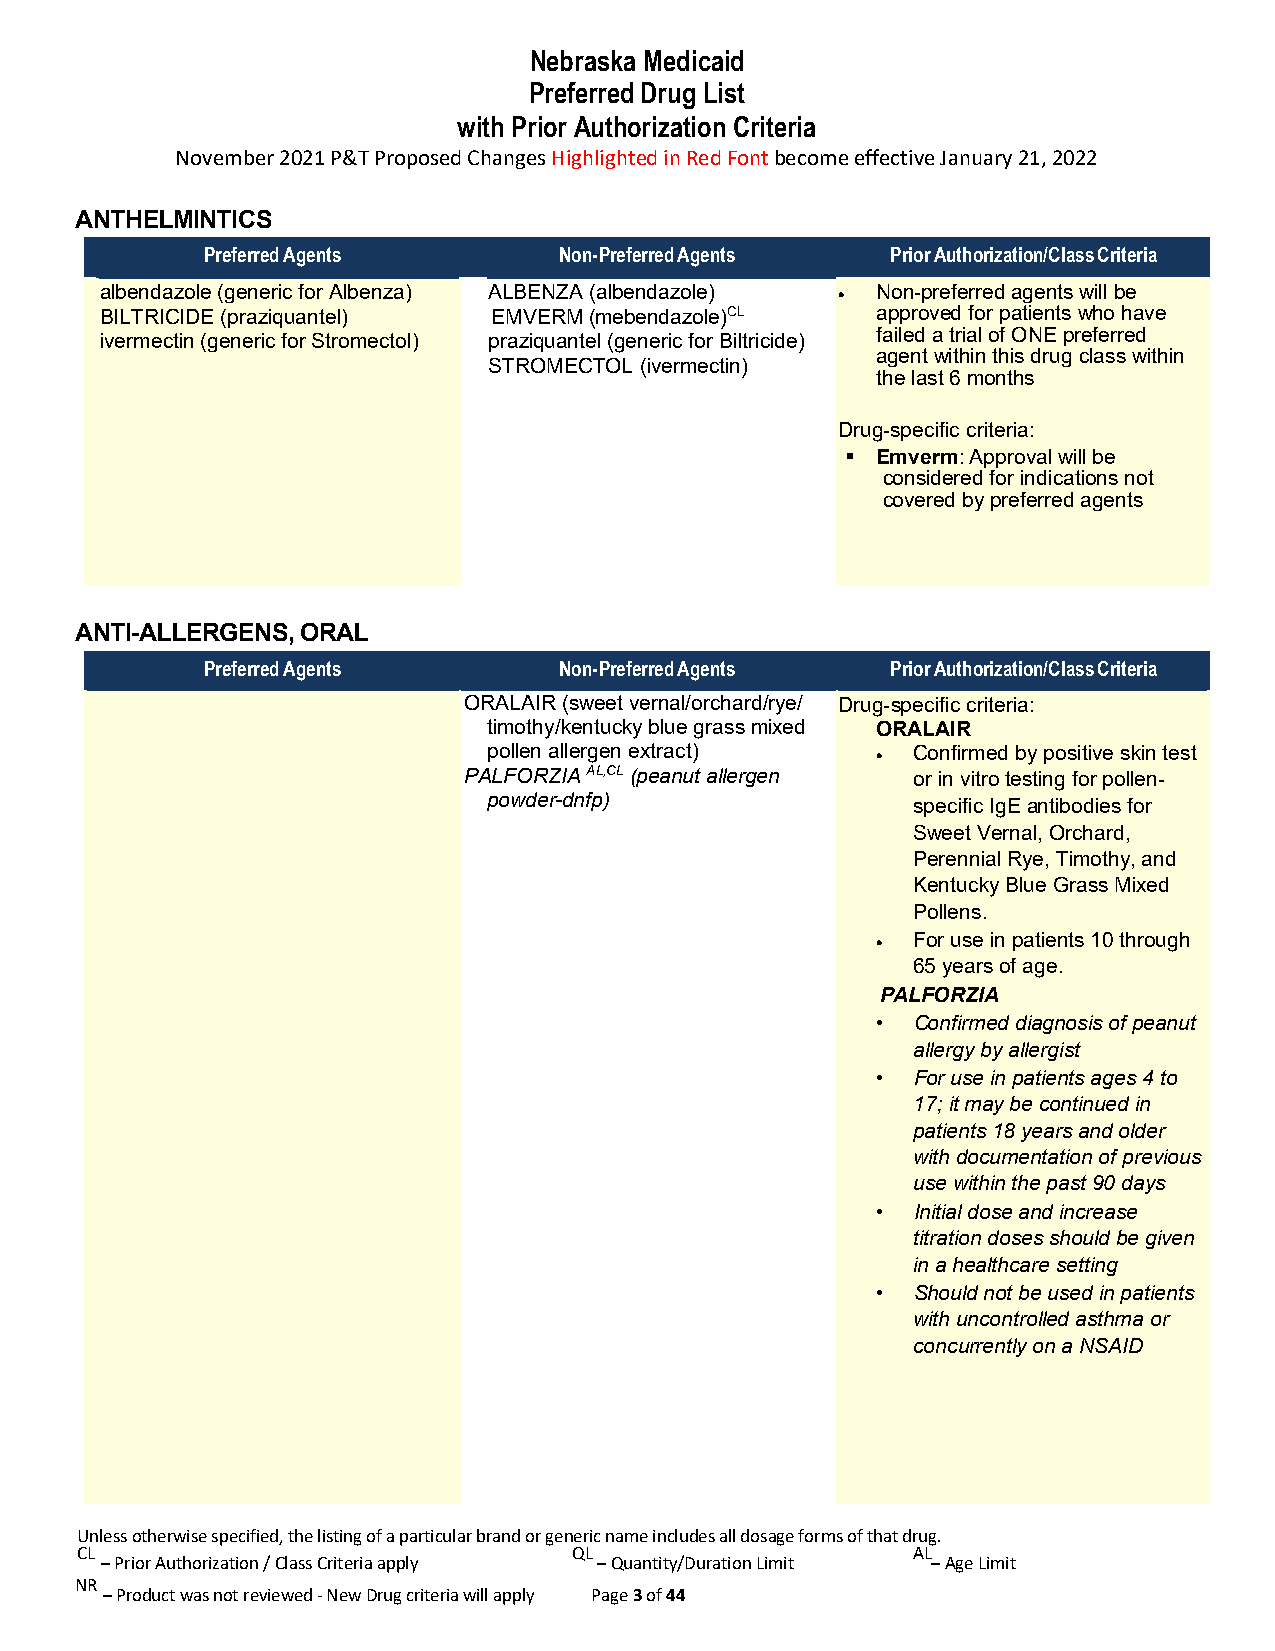
Nebraska Medicaid
 Preferred Drug List
 with Prior Authorization Criteria
 November 2021 P&T Proposed Changes Highlighted in Red Font become effective January 21, 2022
 ANTHELMINTICS
 Preferred Agents        Non-Preferred Agents  Prior Authorization/Class Criteria
 albendazole (generic for Albenza) ALBENZA (albendazole) • N on-preferred agents will be
 BILTRICIDE (praziquantel) EMVERM (mebendazole)CL   appr oved for patients who h ave
 failed a trial of ONE preferred
 ivermectin (generic for Stromectol) praziquantel (generic for Biltrici de)
 agent within this drug class within
 STROMECTOL (ivermectin)
 the last 6 months
 Drug-specific criteria:
  Emverm: Approval will be
 considered for indications not
 covered by preferred agents
 ANTI-ALLERGENS, ORAL
 Preferred Agents        Non-Preferred Agents  Prior Authorization/Class Criteria
 ORALAIR (sweet vernal/orchard/rye/ Drug-specific criteria:
 timothy/kentucky blue grass mixed ORALAIR
 pollen allergen extract)  • Confirmed by positive skin test
 PALFORZIA AL,CL (peanut allergen or in vitro testing for pollen-
 powder-dnfp)                specific IgE antibodies for
 Sweet Vernal, Orchard,
 Perennial Rye, Timothy, and
 Kentucky Blue Grass Mixed
 Pollens.
 • For use in patients 10 through
 65 years of age.
 PALFORZIA
 • Confirmed diagnosis of peanut
 allergy by allergist
 • For use in patients ages 4 to
 17; it may be continued in
 patients 18 years and older
 with documentation of previous
 use within the past 90 days
 • Initial dose and increase
 titration doses should be given
 in a healthcare setting
 • Should not be used in patients
 with uncontrolled asthma or
 concurrently on a NSAID
 Unless otherwise specified, the listing of a particular brand or generic name includes all dosage forms of that drug.
 CL                               QL                    AL
 – Prior Authorization / Class Criteria apply – Quantity/Duration Limit – Age Limit
 NR
 – Product was not reviewed - New Drug criteria will apply Page 3 of 44